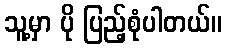
သူ့မှာ ပို ပြည့်စုံပါတယ်။